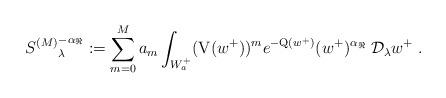
LaTeX: \begin{align*}{S^{(M)}}_{\lambda}^{-{\alpha_{\Re}}}:=\sum_{m=0}^M a_m\int_{W_a^+} (\mathrm{V}(w^+))^me^{-\mathrm{Q}(w^+)}(w^+)^{\alpha_{\Re}}\;\mathcal{D}_\lambda w^+\;.\end{align*}